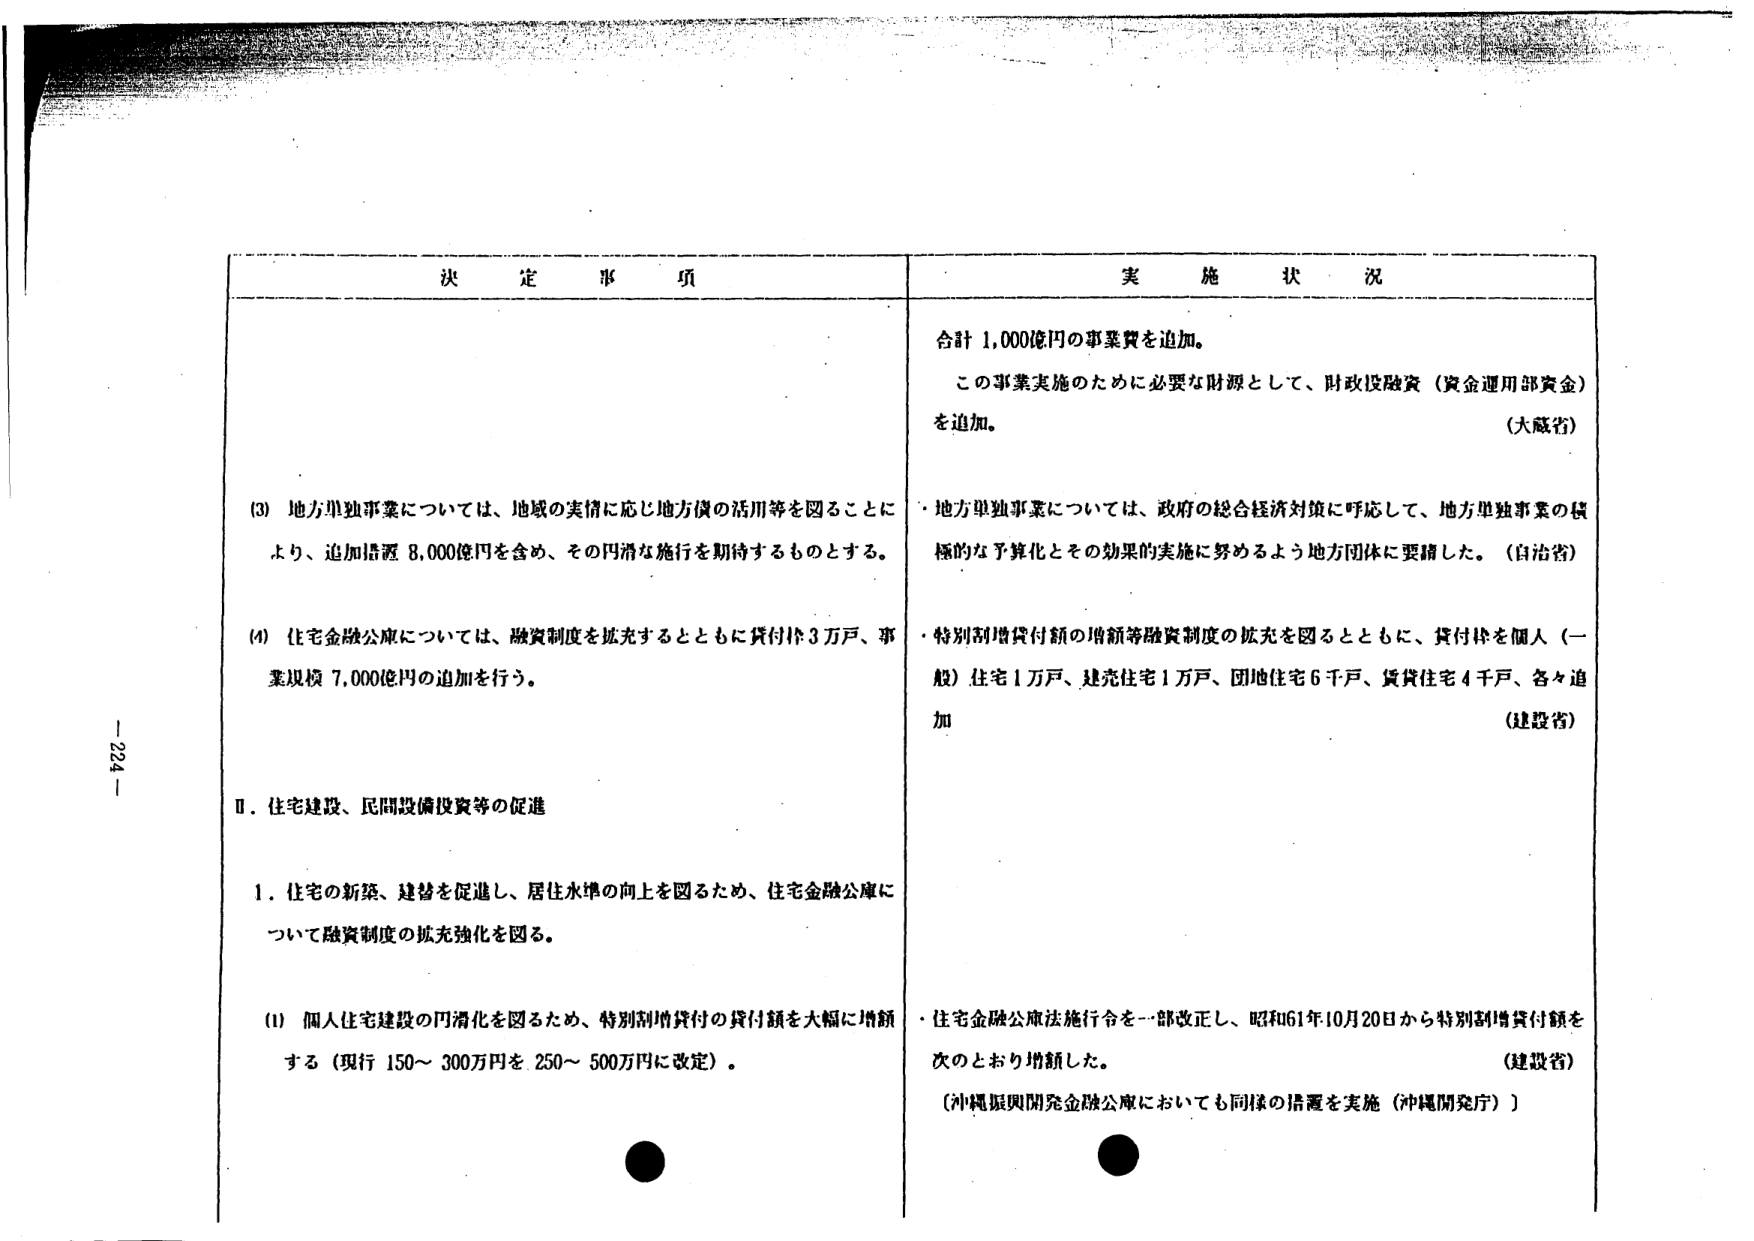
決 定 事 項

(3) 地方単独事業については、地域の実情に応じ地方債の活用等を図ることにより、追加措置 8,000億円を含め、その円滑な施行を期待するものとする。

(4) 住宅金融公庫については、融資制度を拡充するとともに貸付け3万戸、事業規模 7,000億円の追加を行う。

Ⅱ．住宅建設、民間設備投資等の促進

1．住宅の新築、建替を促進し、居住水準の向上を図るため、住宅金融公庫について融資制度の拡充強化を図る。

(1) 個人住宅建設の円滑化を図るため、特別割増貸付の貸付額を大幅に増額する（現行 150～300万円を 250～500万円に改定）。

実 施 状 況

合計 1,000億円の事業費を追加。

この事業実施のために必要な財源として、財政投融資（資金運用部資金）を追加。

（大蔵省）

・地方単独事業については、政府の総合経済対策に呼応して、地方単独事業の積極的な予算化とその効果的実施に努めるよう地方団体に要請した。（自治省）

・特別割増貸付額の増額等融資制度の拡充を図るとともに、貸付けを個人（一般）住宅1万戸、建売住宅1万戸、団地住宅6千戸、賃貸住宅4千戸、各々追加

（建設省）

・住宅金融公庫法施行令を一部改正し、昭和61年10月20日から特別割増貸付額を次のとおり増額した。

（建設省）

〔沖縄振興開発金融公庫においても同様の措置を実施（沖縄開発庁）〕

- 224 -